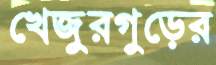
খেজুরগুড়ের